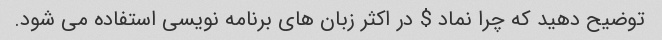
توضیح دهید که چرا نماد $ در اکثر زبان های برنامه نویسی استفاده می شود.